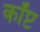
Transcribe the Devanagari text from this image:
कॉप्ट